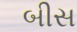
બીસ